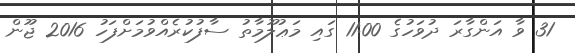
31 ވާ އަންގާރަ ދުވަހުގެ 11:00 ގައި މަޢުލޫމާތު ސާފުކުރެއްވުމަށްފަހު 2016 ޖޫން